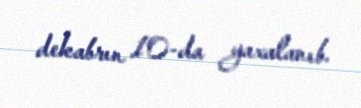
dekabrın 10-da yaxalanıb.